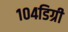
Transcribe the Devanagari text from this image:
१०४डिग्री